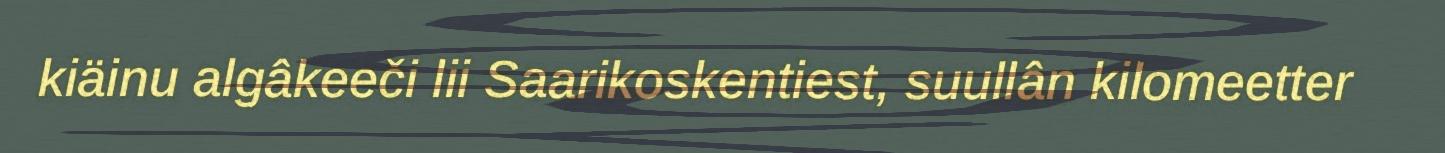
kiäinu algâkeeči lii Saarikoskentiest, suullân kilomeetter